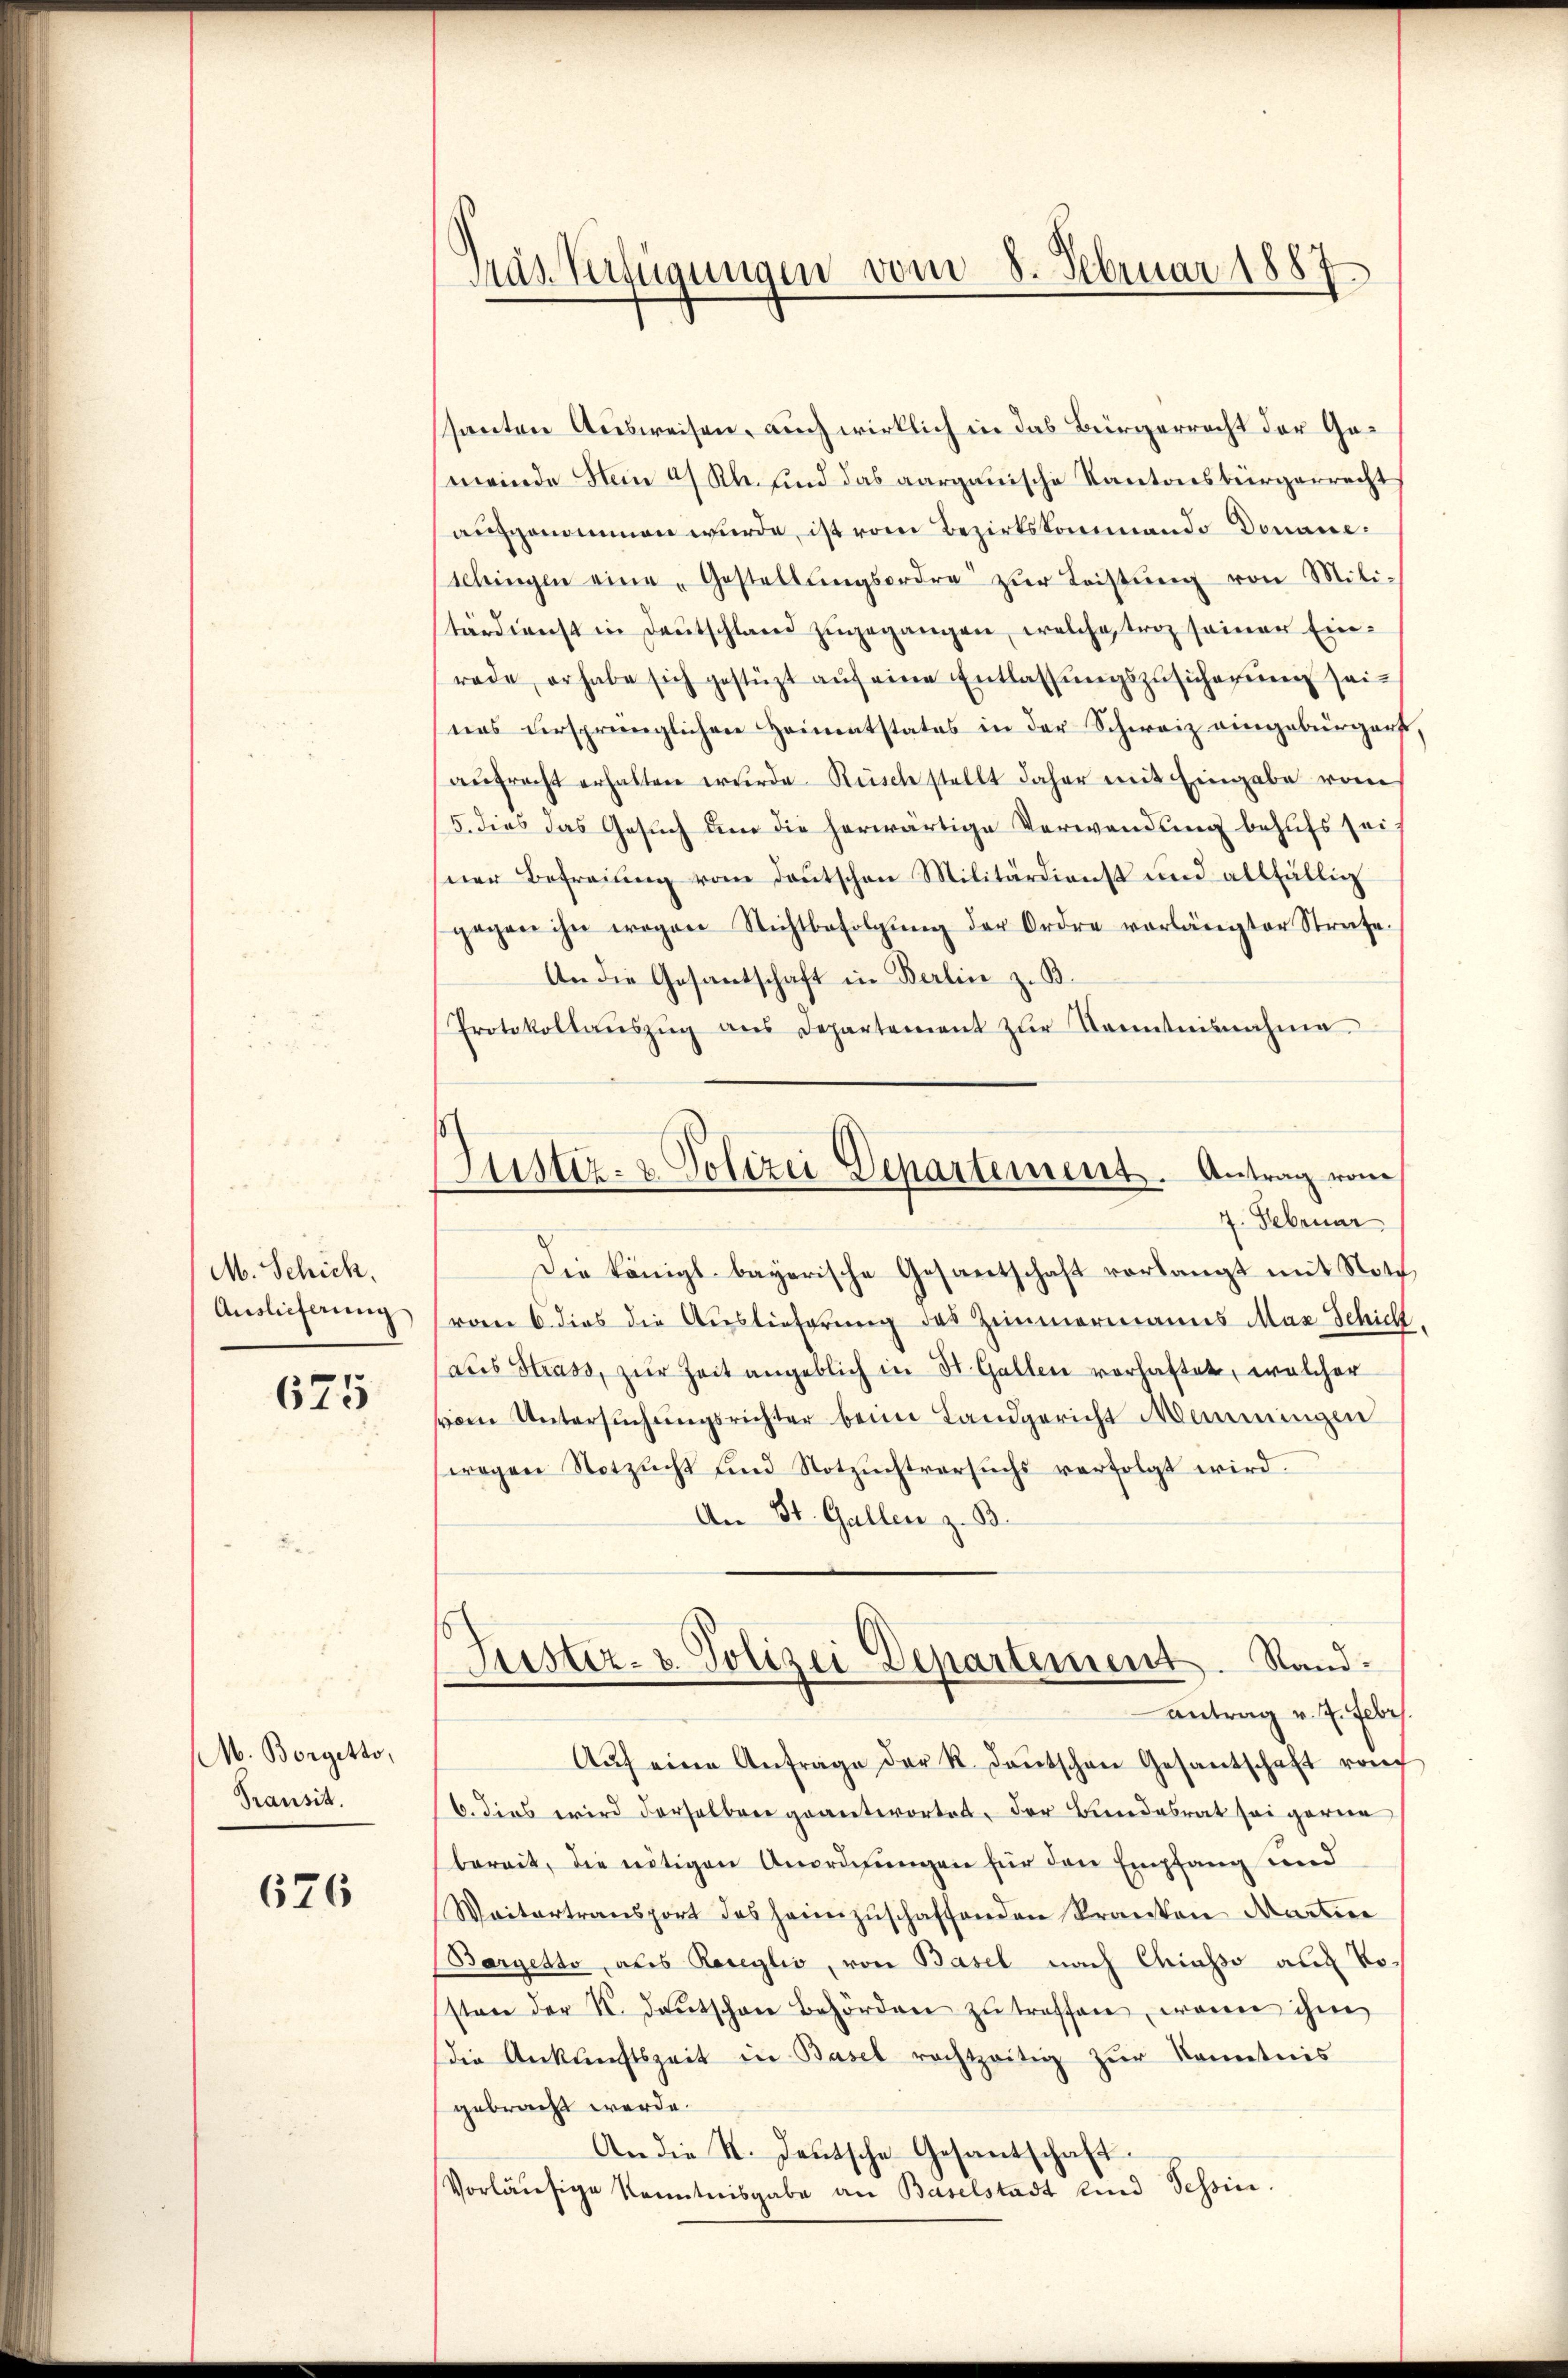
M. Schich
Auslieferung

675

M. Borgetto,
Transit.

626

Tras Verfügungen vom 8. Februar 1887

Justiz- & Polizei Departement. Antrag vom
7. Februar

santen Ausweisen, auch wirklich in das Bürgerrecht der Gemeinde Nein a. Rh. und das aargauische Kantonsbürgerrecht
aufgenommen wurde, ist vom Bezirkskommendo Donaue¬
Schingen eine „Gestellŭngsordre zŭr Leistŭng von Mili-
tärdienst in Deutschland zugegangen, welche trag seiner Einrade, erhabe sich gestüzt aŭf eine Entlassŭngszusicherŭng sei-
nas ursprünglichen Heimatstates in der Schweiz eingebürgert
aŭfrecht erhalten wurde Rüsch stellt daher mit Eingabe vom
/5. dies das Gesuch um die herwärtige Verwendung behufs sei
ner Befreiung vom Deutschen Militärdienst und allfällig
gegen ihn wegen Nichtbefolgŭng der Ordre vorlängter Strafe.
An die Gesantschaft in Berlin z. B.
Protokollaŭszŭg aŭs Departement zŭr Kenntnisnahme
Die königl. bayerische Gesantschaft vorlangt mit Note
von 6 dies die Auslieferung des Zimmermanns Max Schicht
aus Strass, zur Zeit angeblich in St. Gallen vorhaftet, welcher
vom Untersuchungsrichter beim Landgericht Manningen
wegen Notzucht und Notzuchtversuchs verfolgt wird.
An St. Gallen z. B.
Guster- u. Polizei Departement. Stand-
antrag v. J. Febr
Aŭf eine Anfrage der R. deŭtschen Gesantschaft von
6. dies wird derselben geantwortet, der Bundesrat sei garne
bereit, die nötigen Anordnungen für den Empfang und
Waitertransport des heimzŭschaffenden Kranken Martine
(Bargetto, als Receglio, von Basel nach Chiasso auf Vosten der K. Deutschen Behörden zŭ treffen, waren ihm
die Ankunftszeit in Basel rechtzeitig zŭr Kenntnis
gebracht werde.
An die K. Deutsche Gesantschaft.
Vorläufige Kenntnisgabe an Baselstadt und Tessin.